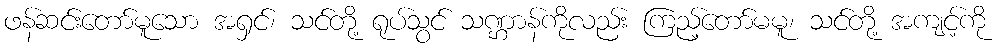
ဖန်ဆင်းတော်မူသော အရှင်၊ သင်တို့ ရုပ်သွင် သဏ္ဌာန်ကိုလည်း ကြည့်တော်မမူ၊ သင်တို့ အကျင့်ကို